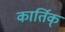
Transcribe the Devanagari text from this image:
कार्तिक्